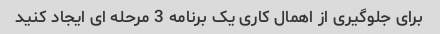
برای جلوگیری از اهمال کاری یک برنامه 3 مرحله ای ایجاد کنید